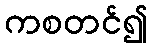
ကစတင်၍